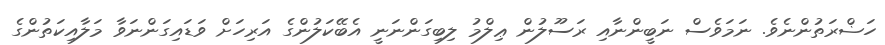
ހަޟްރަތުންނެވެ. ނަމަވެސް ނަބީންނާއި ރަސޫލުން ޢިލްމު ލިބިގަންނަނީ އެބޭކަލުންގެ އަރިހަށް ވަޑައިގަންނަވާ މަލާއިކަތުންގެ